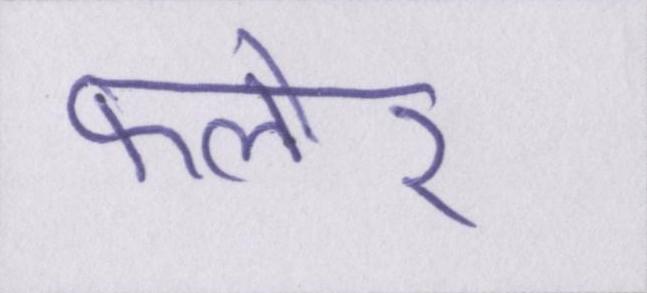
फ्लोर